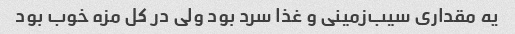
یه مقداری سیب‌زمینی و غذا سرد بود ولی در کل مزه خوب بود